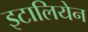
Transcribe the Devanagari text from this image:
इटालियेन